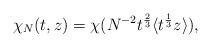
LaTeX: \begin{align*}\chi_N(t,z)=\chi(N^{-2}t^{\frac23}\langle t^{\frac{1}{3}}z\rangle),\end{align*}